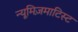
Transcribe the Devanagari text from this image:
न्यूमिज़माटिस्ट